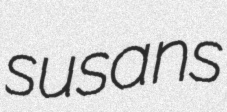
susans